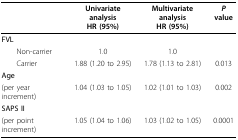
<table><thead><tr><td></td><td><b>Univariate analysisHR (95%)</b></td><td><b>Multivariate analysisHR (95%)</b></td><td><b><i>P </i>value</b></td></tr></thead><tbody><tr><td><b>FVL</b></td><td></td><td></td><td></td></tr><tr><td> Non-carrier</td><td>1.0</td><td>1.0</td><td></td></tr><tr><td> Carrier</td><td>1.88 (1.20 to 2.95)</td><td>1.78 (1.13 to 2.81)</td><td>0.013</td></tr><tr><td><b>Age</b></td><td></td><td></td><td></td></tr><tr><td>(per year increment)</td><td>1.04 (1.03 to 1.05)</td><td>1.02 (1.01 to 1.03)</td><td>0.002</td></tr><tr><td><b>SAPS II</b></td><td></td><td></td><td></td></tr><tr><td>(per point increment)</td><td>1.05 (1.04 to 1.06)</td><td>1.03 (1.02 to 1.05)</td><td>0.0001</td></tr></tbody></table>